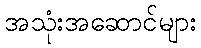
အသုံးအဆောင်များ